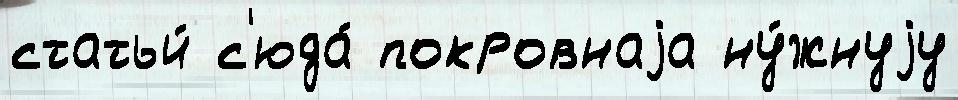
статьи́ с'юда́ покровнаjа ну́жнуjу